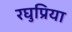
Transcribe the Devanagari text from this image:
रघुप्रिया